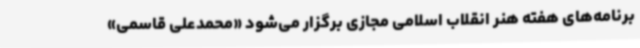
برنامه‌های هفته هنر انقلاب اسلامی مجازی برگزار می‌شود «محمدعلی قاسمی»